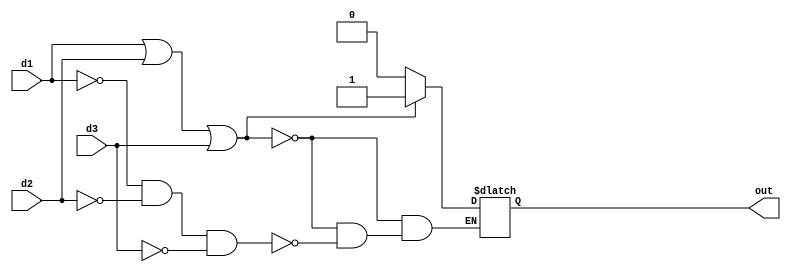
`timescale 1ns / 1ps
//////////////////////////////////////////////////////////////////////////////////
// Company: 
// Engineer: 
// 
// Design Name: 
// Module Name: orGate
// Project Name: 
// Target Devices: 
// Tool Versions: 
// Description: 
// 
// Dependencies: 
// 
// Revision:
// Revision 0.01 - File Created
// Additional Comments:
// 
//////////////////////////////////////////////////////////////////////////////////


module orGate(d1, d2, d3, out);
    input d1, d2, d3;
    output reg out;
    always@(d1, d2, d3) begin
        if (d1 ==1 || d2 == 1 || d3 == 1) begin
            out = 1;
        end
        else if (d1 == 0 && d2 == 0 && d3 == 0) begin
            out = 0;
        end
    end
endmodule